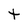
Character: t